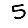
Digit: 5